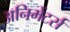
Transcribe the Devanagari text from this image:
अनिमेंटर्स